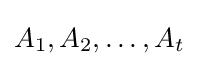
A_{1},A_{2},\dots ,A_{t}